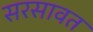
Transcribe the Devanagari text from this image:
सरसावत